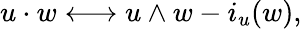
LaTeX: u\cdot w\longleftrightarrow u\wedge w-i_{u}(w),